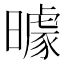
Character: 𱢮